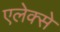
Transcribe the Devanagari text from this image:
एलेक्से